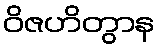
ဝိဇဟိတွာန